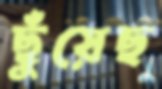
ছুঁয়েছ